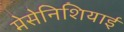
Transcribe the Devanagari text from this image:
मेसेनिशियाई